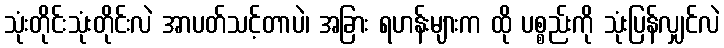
သုံးတိုင်းသုံးတိုင်းလဲ အာပတ်သင့်တာပဲ၊ အခြား ရဟန်းများက ထို ပစ္စည်းကို သုံးပြန်လျှင်လဲ